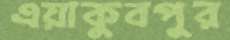
এয়াকুবপুর